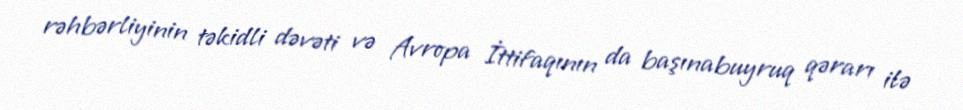
rəhbərliyinin təkidli dəvəti və Avropa İttifaqının da başınabuyruq qərarı ilə